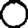
Digit: 0